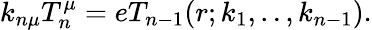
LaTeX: k_{n\mu}T_{n}^{\mu}=eT_{n-1}(r;k_{1},..,k_{n-1}).